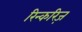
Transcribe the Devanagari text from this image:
रिन्करिज़